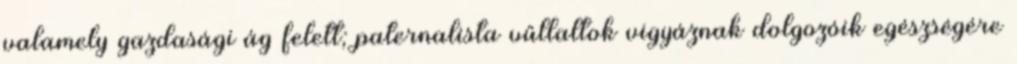
valamely gazdasági ág felett; paternalista vűllaltok vigyáznak dolgozóik egészségére